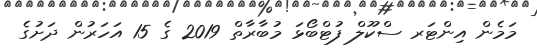
މަމެން އިންޓަރ ސްކޫލް ފުޓްބޯޅަ މުބާރާތް 2019 ގެ 15 އަހަރުން ދަށުގެ